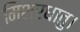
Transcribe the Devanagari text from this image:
मिश्रधातु।